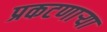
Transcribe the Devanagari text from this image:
प्रकटणाऱ्या